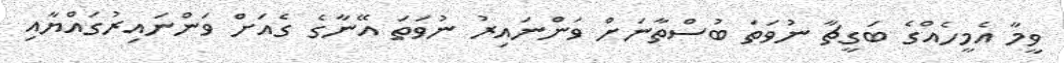
ވީމާ އެމީހެއްގެ ބަގީޗާ ނުވަތަ ބުސްތާނަށް ވަންނައިރު ނުވަތަ އޭނާގެ ގެއަށް ވަންނައިރުގައްޔާއި